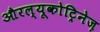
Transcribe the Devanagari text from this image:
औरल्यूकोट्रिनेज़